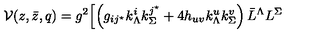
{ \mathcal V } ( z , \bar { z } , q ) = g ^ { 2 } \Bigl [ \left( g _ { i j ^ { \star } } k _ { \Lambda } ^ { i } k _ { \Sigma } ^ { j ^ { \star } } + 4 h _ { u v } k _ { \Lambda } ^ { u } k _ { \Sigma } ^ { v } \right) \bar { L } ^ { \Lambda } L ^ { \Sigma }